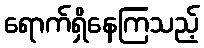
ရောက်ရှိနေကြသည့်